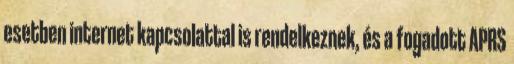
esetben internet kapcsolattal is rendelkeznek, és a fogadott APRS